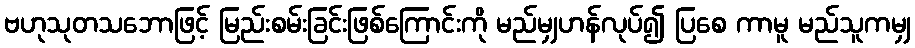
ဗဟုသုတသဘောဖြင့် မြည်းစမ်းခြင်းဖြစ်ကြောင်းကို မည်မျှဟန်လုပ်၍ ပြစေ ကာမူ မည်သူကမျှ